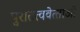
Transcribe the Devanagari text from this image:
पुरातत्ववेत्‍ताओं